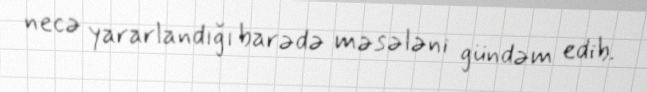
necə yararlandığı barədə məsələni gündəm edib.